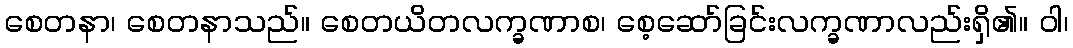
စေတနာ၊ စေတနာသည်။ စေတယိတလက္ခဏာစ၊ စေ့ဆော်ခြင်းလက္ခဏာလည်းရှိ၏။ ဝါ၊